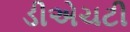
ડીએચટી